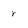
Character: r